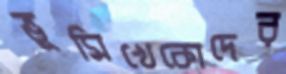
ভূমিখেকোদের